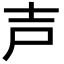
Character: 𡔜